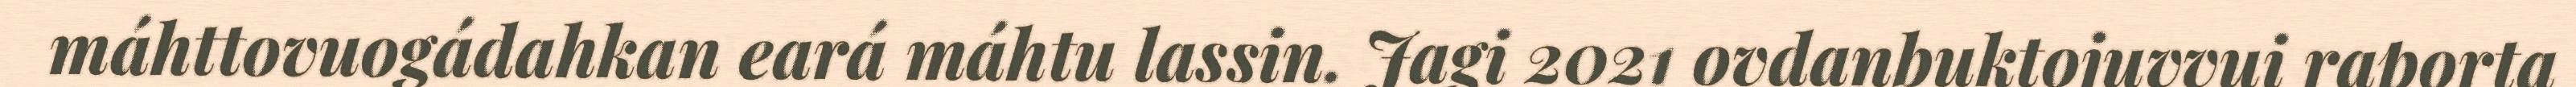
máhttovuogádahkan eará máhtu lassin. Jagi 2021 ovdanbuktojuvvui raporta